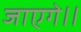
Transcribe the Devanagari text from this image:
जाएगे।।